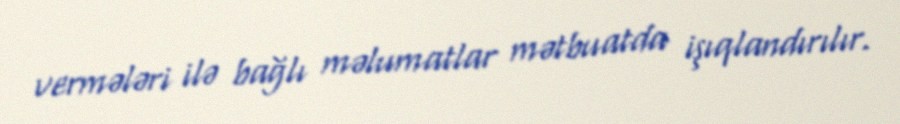
vermələri ilə bağlı məlumatlar mətbuatda işıqlandırılır.